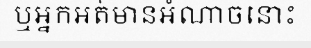
ឬអ្នកអត់មានអំណាចនោះ